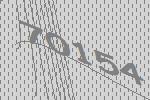
70154